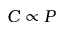
C \propto P